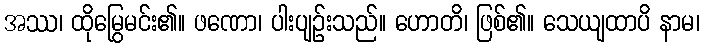
အဿ၊ ထိုမြွေမင်း၏။ ဖဏော၊ ပါးပျဉ်းသည်။ ဟောတိ၊ ဖြစ်၏။ သေယျထာပိ နာမ၊